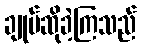
ချုပ်ဆိုခဲ့ကြသည်